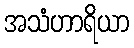
အသံဟာရိယာ